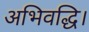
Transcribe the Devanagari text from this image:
अभिवद्धि।